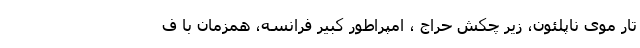
تار موی ناپلئون، زیر چکش حراج ، امپراطور کبیر فرانسه، همزمان با ف